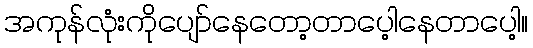
အကုန်လုံးကိုပျော်နေတော့တာပေ့ါနေတာပေါ့။